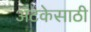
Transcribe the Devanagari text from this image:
अटकेसाठी